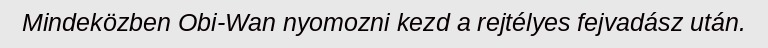
Mindeközben Obi-Wan nyomozni kezd a rejtélyes fejvadász után.